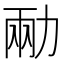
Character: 㔝